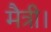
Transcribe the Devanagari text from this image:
मैत्री।